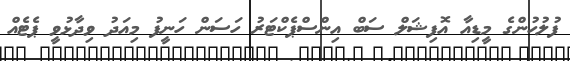
ފުލުހުންގެ މީޑިއާ އޮފިޝަލް ސަބް އިންސްޕެކްޓަރު ހަސަން ހަނީފު މިއަދު ވިދާޅުވީ ޕެޓެއް